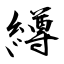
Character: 繜